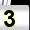
Digit: 3